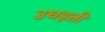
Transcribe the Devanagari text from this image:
उघड़ती